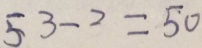
5 3 - 2 = 5 0